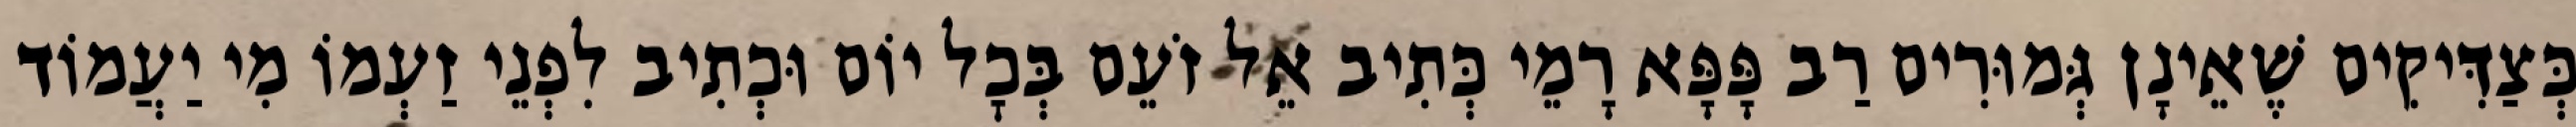
כְּצַדִּיקִים שֶׁאֵינָן גְּמוּרִים רַב פָּפָּא רָמֵי כְּתִיב אֵל זֹעֵם בְּכׇל יוֹם וּכְתִיב לִפְנֵי זַעְמוֹ מִי יַעֲמוֹד